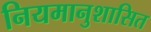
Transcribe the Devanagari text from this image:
नियमानुशासित